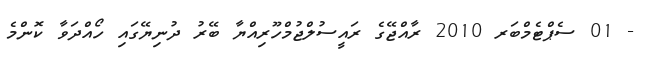
- 01 ސެޕްޓެމްބަރ 2010 ރާއްޖޭގެ ރައީސުލްޖުމްހޫރިއްޔާ ބޭރު ދުނިޔޭގައި ހޯއްދަވާ ކޮންމެ